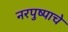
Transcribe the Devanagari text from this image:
नरपुष्पाचे